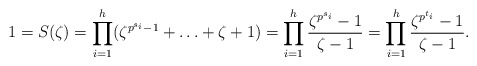
\begin{align*}1 = S(\zeta) = \prod_{i=1}^h (\zeta^{p^{s_i}-1} + \ldots + \zeta + 1) = \prod_{i=1}^h\frac{\zeta^{p^{s_i}}-1}{\zeta - 1} = \prod_{i=1}^h\frac{\zeta^{p^{t_i}}-1}{\zeta - 1}.\end{align*}